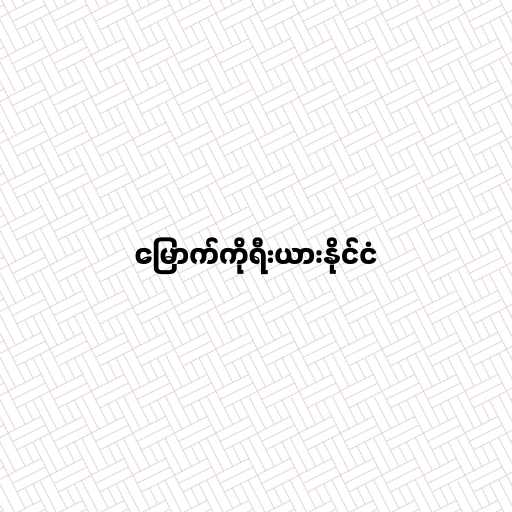
မြောက်ကိုရီးယားနိုင်ငံ